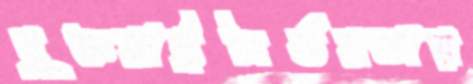
যুক্তরাষ্ট্রনির্ভরতায়